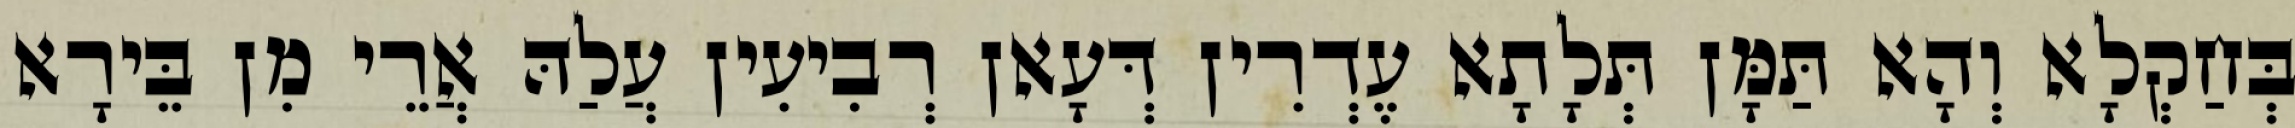
בְּחַקְלָא וְהָא תַּמָּן תְּלָתָא עֶדְרִין דְּעָאן רְבִיעִין עֲלַהּ אֲרֵי מִן בֵּירָא